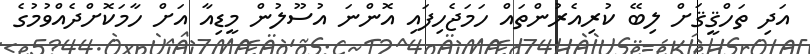
އަދި ތަހްޤީޤަށް ލިބޭ ކުރިއެރުންތައް ހަމަޖެހިފައި އޮންނަ އުސޫލުން މީޑިއާ އަށް ހާމަކޮށްދެއްވުމުގެ